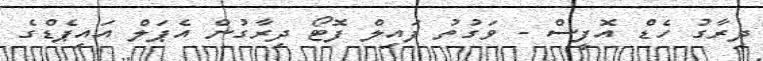
ދިރާގު ހެޑް އޮފީސް - ވަގުތު ފައިލް ފޮޓޯ ދިރާގުން އެޕަލް އައިޕެޑްގެ